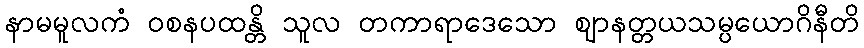
နာမမူလကံ ဝစနပထန္တိ သူလ တကာရာဒေသော ဈာနတ္တယသမ္ပယောဂိနီတိ